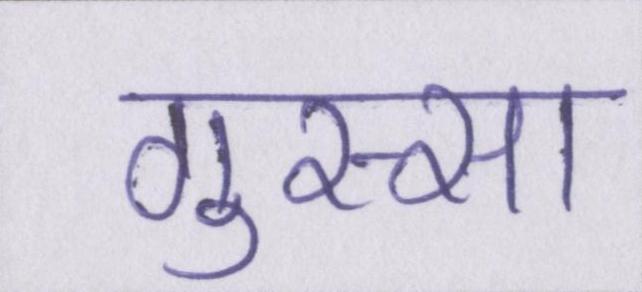
गुस्सा